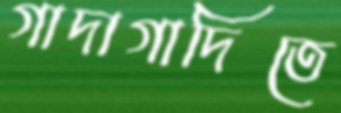
গাদাগাদিতে